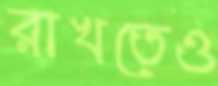
রাখতেও